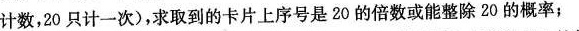
计数，20只计一次)，求取到的卡片上序号是20的倍数或能整除20的概率；